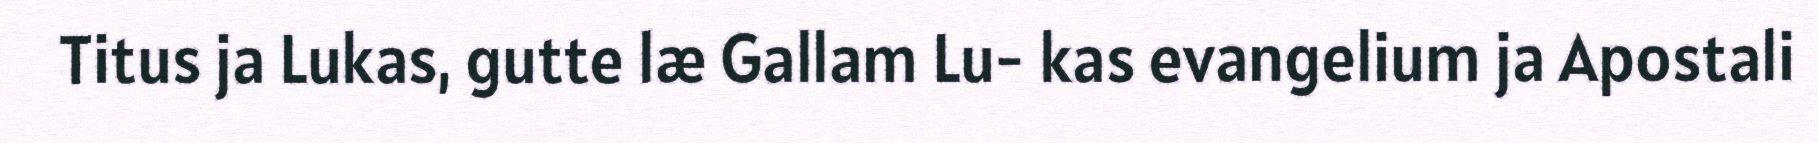
Titus ja Lukas, gutte læ Gallam Lu- kas evangelium ja Apostali